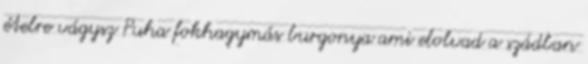
ételre vágysz Puha fokhagymás burgonya ami elolvad a szádban